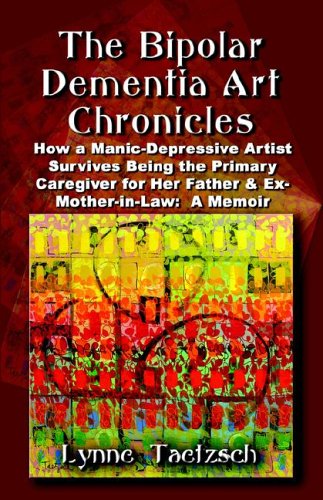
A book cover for THE BIPOLAR DEMENTIA ART CHRONICLES: How a Manic-Depressive Artist Survives Being the Primary Caregiver for Her Father and Ex-Mother-in-Law - A Memoir; Lynne Taetzsch; Medical Books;